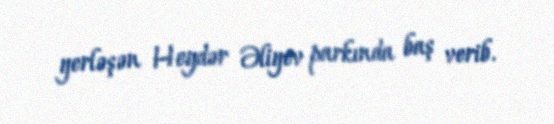
yerləşən Heydər Əliyev parkında baş verib.